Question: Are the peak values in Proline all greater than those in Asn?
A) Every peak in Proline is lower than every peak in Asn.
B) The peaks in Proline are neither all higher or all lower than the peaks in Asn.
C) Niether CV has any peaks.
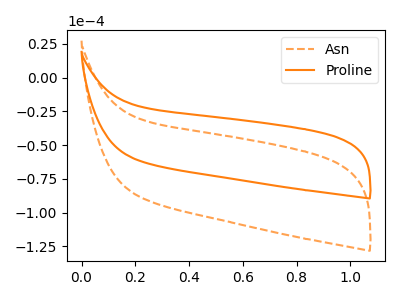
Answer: <think>The orange dashed curve "Asn" has no peaks. The orange curve "Proline" has no peaks.</think>
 <answer>C) Niether CV has any peaks.</answer>
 <eval>C</eval>